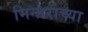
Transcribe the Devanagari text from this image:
मिनाराच्या